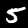
Label: 5